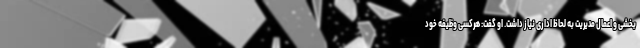
بخشی و اعمال مدیریت به لحاظ اداری نیاز داشت. او گفت: هرکسی وظیفه خود